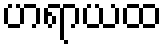
ဟရာယထ